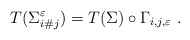
\begin{align*} T(\Sigma_{i\#j}^\varepsilon) = T(\Sigma) \circ \Gamma_{i,j,\varepsilon} \ .\end{align*}